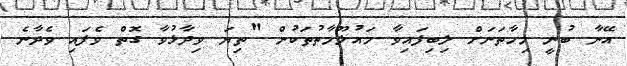
އޭނާ ބުނީ މިހާތަނަށް ލިބިފައިވާ މައުލޫމާތުތަކުން "ތިޔަ ވިދާޅުވާ ގޮތް ވެފައި ވެދާނެ